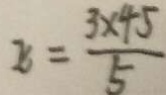
x = \frac { 3 \times 4 5 } { 5 }